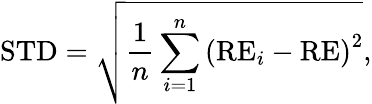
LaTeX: \mathrm{{STD}}=\sqrt{\frac{1}{n}\sum_{i=1}^{n}\left(\mathrm{{RE}}_{i}-\mathrm{{RE}}\right)^{2}},